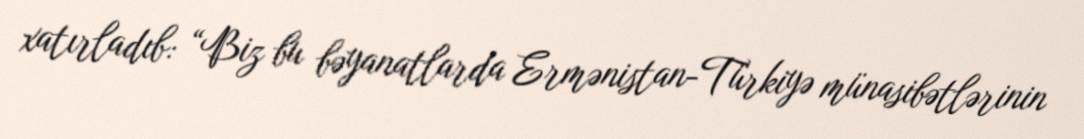
xatırladıb: “Biz bu bəyanatlarda Ermənistan-Türkiyə münasibətlərinin